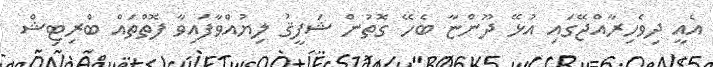
އެއީ ދިވެހިރާއްޖޭގައި އުޅޭ ދޫންޏާ ބެހޭ ގޮތުން ޝަފީޤު ލިޔުއްވާފައިވާ ފޮތްތައް ބްރިޓިޝް